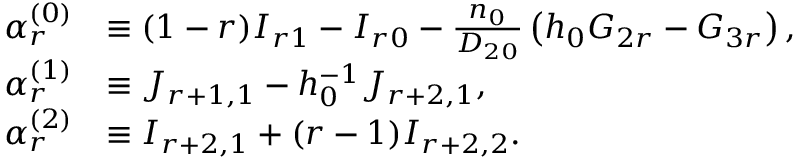
\begin{array} { r l } { \alpha _ { r } ^ { ( 0 ) } } & { \equiv ( 1 - r ) I _ { r 1 } - I _ { r 0 } - \frac { n _ { 0 } } { D _ { 2 0 } } \left( h _ { 0 } G _ { 2 r } - G _ { 3 r } \right) , } \\ { \alpha _ { r } ^ { ( 1 ) } } & { \equiv J _ { r + 1 , 1 } - h _ { 0 } ^ { - 1 } J _ { r + 2 , 1 } , } \\ { \alpha _ { r } ^ { ( 2 ) } } & { \equiv I _ { r + 2 , 1 } + ( r - 1 ) I _ { r + 2 , 2 } . } \end{array}